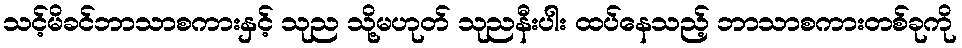
သင့်မိခင်ဘာသာစကားနှင့် သုည သို့မဟုတ် သုညနီးပါး ထပ်နေသည့် ဘာသာစကားတစ်ခုကို